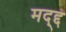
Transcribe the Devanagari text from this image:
मद्द्द